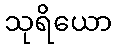
သုရိယော